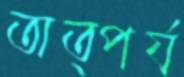
তাত্পর্য